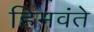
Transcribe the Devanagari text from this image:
हिमवंते